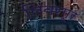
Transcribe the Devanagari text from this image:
लिवरमूर